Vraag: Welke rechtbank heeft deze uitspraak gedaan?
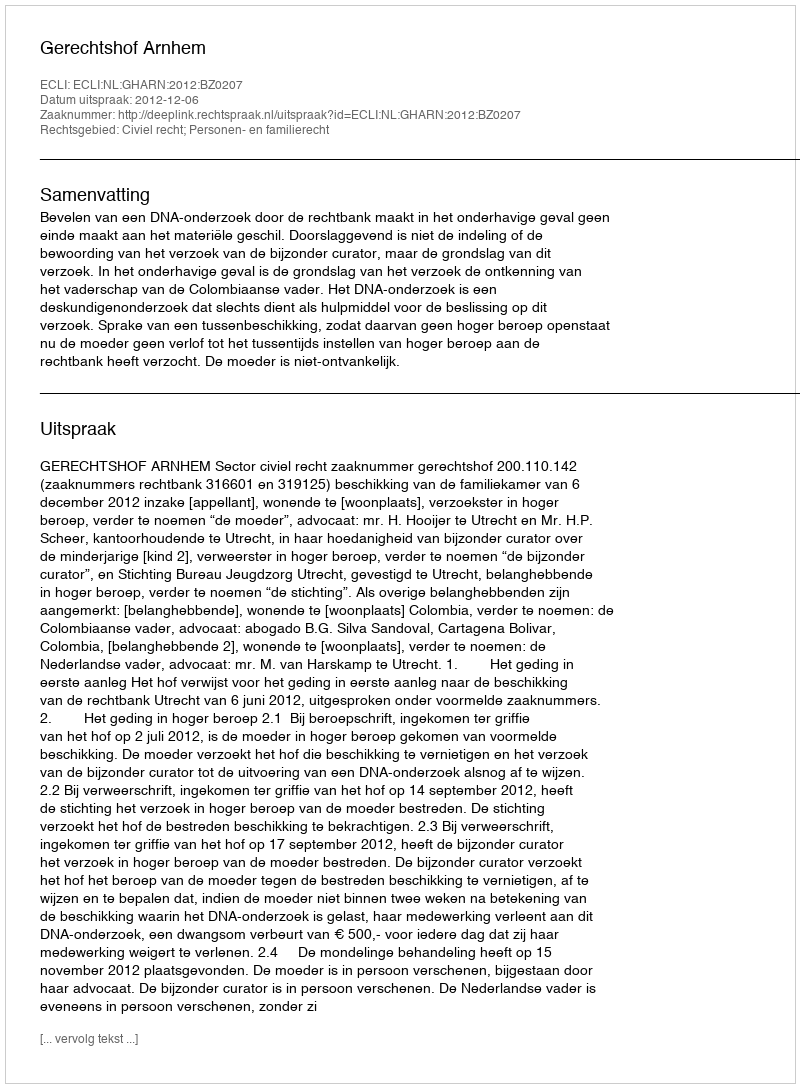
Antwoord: Gerechtshof Arnhem